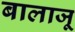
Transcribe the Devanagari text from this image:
बालाजू